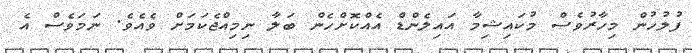
ފުލުހުން މިހާރުވެސް މުކައިޝިމާ އައިލެންޑް އެއްކޮށްހެން ބަލާ ނިމިއްޖެކަމަށް ވެއެވެ. ނަމަވެސް އެ